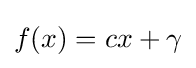
f(x)=cx+\gamma